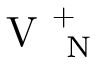
\mathrm { ~ V ~ } _ { \mathrm { ~ N ~ } } ^ { + }